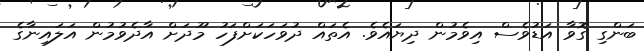
ބަންގި ގޮވާ އަޑުވެސް އިވެމުން ދިޔައެވެ. އެތައް ދުވަހަކަށްފަހު މޫދަށް އާދެވުމުން އަލައިނާގެ